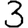
Digit: 3